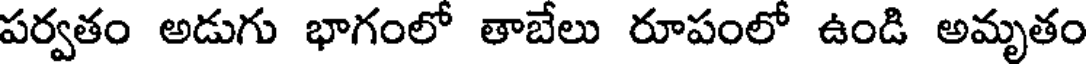
పర్వతం అడుగు భాగంలో తాబేలు రూపంలో ఉండి అమృతం